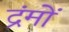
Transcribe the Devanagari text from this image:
द्रंमों